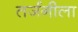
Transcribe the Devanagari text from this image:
तर्जनीला